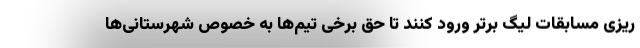
ریزی مسابقات لیگ برتر ورود کنند تا حق برخی تیم‌ها به خصوص شهرستانی‌ها